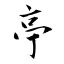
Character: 亭